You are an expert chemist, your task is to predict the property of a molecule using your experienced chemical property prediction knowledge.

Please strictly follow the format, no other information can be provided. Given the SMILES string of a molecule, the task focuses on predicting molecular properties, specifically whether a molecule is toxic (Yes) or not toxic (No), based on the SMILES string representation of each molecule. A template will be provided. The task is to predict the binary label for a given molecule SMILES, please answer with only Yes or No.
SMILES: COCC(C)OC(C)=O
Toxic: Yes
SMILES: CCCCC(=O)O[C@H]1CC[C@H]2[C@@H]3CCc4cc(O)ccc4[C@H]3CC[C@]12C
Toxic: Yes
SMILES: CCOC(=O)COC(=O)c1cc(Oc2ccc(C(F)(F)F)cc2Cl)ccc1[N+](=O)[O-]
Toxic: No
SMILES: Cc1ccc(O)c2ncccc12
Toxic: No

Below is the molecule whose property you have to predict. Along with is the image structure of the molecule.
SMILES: COS(=O)(=O)[O-].C[N+]1(C)CCN(CC(O)(c2ccccc2)C2CCCCC2)CC1
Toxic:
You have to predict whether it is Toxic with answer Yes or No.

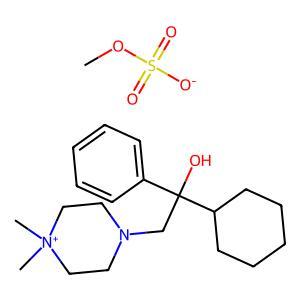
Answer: No